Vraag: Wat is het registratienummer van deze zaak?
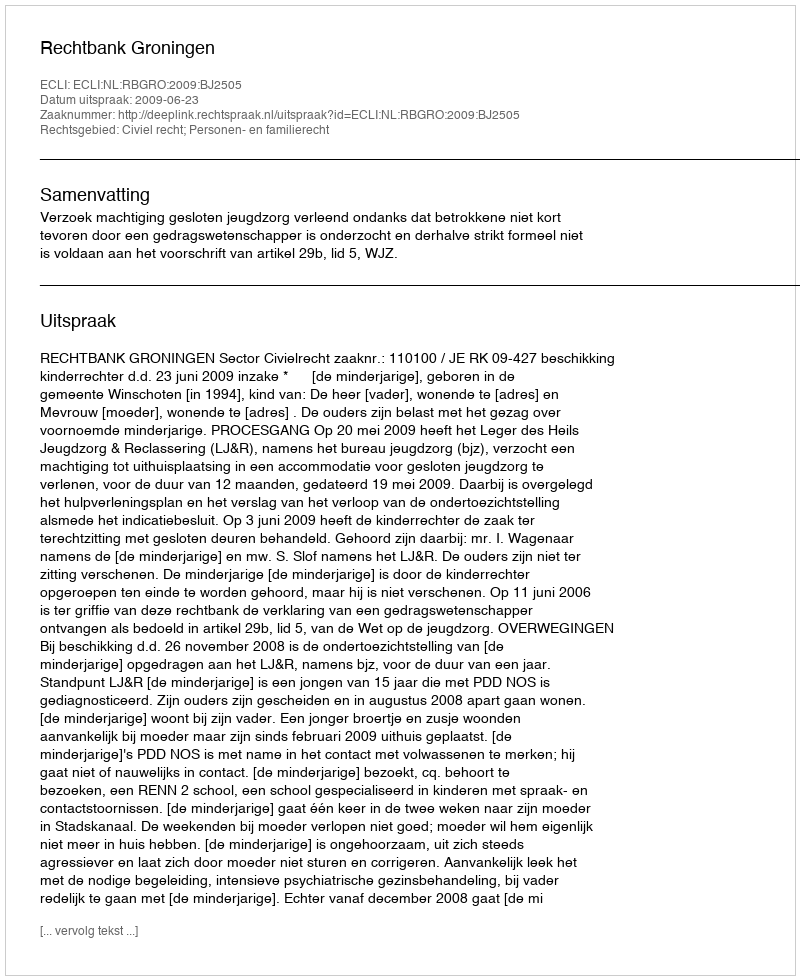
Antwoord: http://deeplink.rechtspraak.nl/uitspraak?id=ECLI:NL:RBGRO:2009:BJ2505